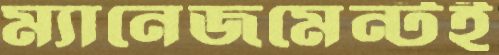
ম্যানেজমেন্টই